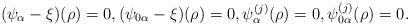
LaTeX: \begin{align*}(\psi_\alpha-\xi)(\rho)=0, (\psi_{0\alpha}-\xi)(\rho)=0, \psi^{(j)}_{\alpha}(\rho)=0, \psi^{(j)}_{0\alpha}(\rho)=0.\end{align*}